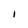
Character: I